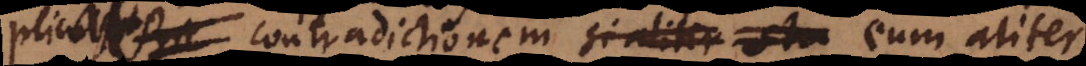
implicat contradictionem si aliter sta eum aliter